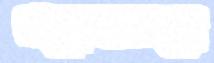
প্রয়োজনমতো